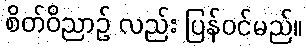
စိတ်ဝိညာဉ် လည်း ပြန်ဝင်မည်။